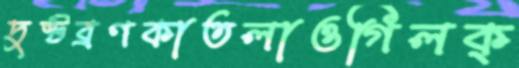
দুষ্টব্রণকাতলাওগিলক্